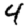
Digit: 4